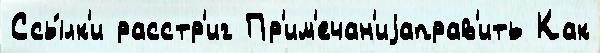
Ссы́лк'и расстр'иг Пр'им'ечан'иjаправ'ить Как